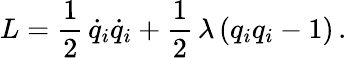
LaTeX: L=\frac{1}{2}\, \dot{q}_{i}\dot{q}_{i}+\frac{1}{2}\, \lambda\, (q_{i}q_{i}-1)\, .